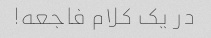
در یک کلام فاجعه!